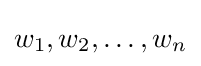
w_{1},w_{2},\dotsc ,w_{n}